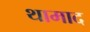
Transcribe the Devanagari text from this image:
थामाद